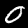
Label: 0